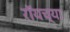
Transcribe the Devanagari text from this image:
रॉयच्या